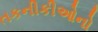
તકનીકીઓનો